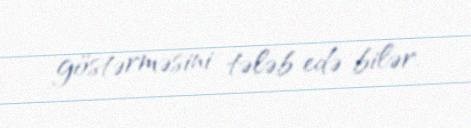
göstərməsini tələb edə bilər.